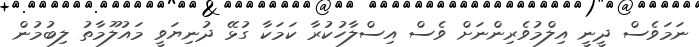
ނަމަވެސް ދީނީ އިލްމުވެރިންނަށް ވެސް އިސްލާހުކުރާ ކަމަކާ ގުޅޭ ދުނިޔަވީ މައުލޫމާތު ލިބުމުން